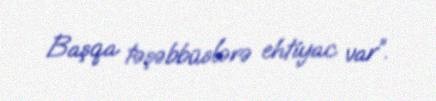
Başqa təşəbbüslərə ehtiyac var”.